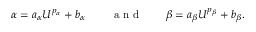
\alpha = a _ { \alpha } { U } ^ { p _ { \alpha } } + b _ { \alpha } \, \qquad \mathrm { ~ a ~ n ~ d ~ } \qquad \beta = a _ { \beta } { U } ^ { p _ { \beta } } + b _ { \beta } .